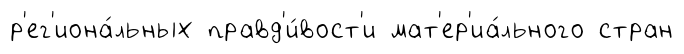
р'ег'иона́льных правд'и́вост'и мат'ер'иа́льного стран